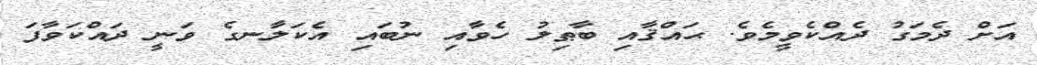
އަށް ދެމަގު ދެއްކެވީމެވެ. ޙައްޤާއި ބާޠިލު ހެވާއި ނުބައި އެކަލާނގެ ވަނީ ދައްކަވާފަ